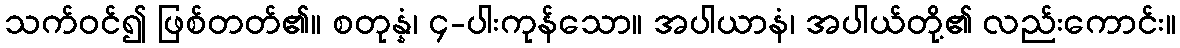
သက်ဝင်၍ ဖြစ်တတ်၏။ စတုန္နံ၊ ၄-ပါးကုန်သော။ အပါယာနံ၊ အပါယ်တို့၏ လည်းကောင်း။